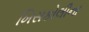
ખિસકોલીના